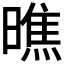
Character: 𭧭